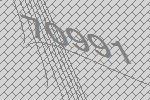
70991